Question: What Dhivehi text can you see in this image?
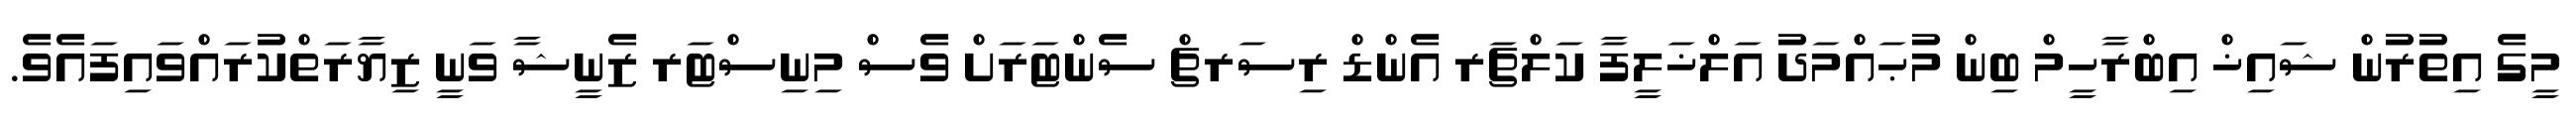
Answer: މީގެ އިތުރުން ޝައިޚް އިބްރާހީމް ބިން މުޙައްމަދު އަލްޚަލީފާ ކަލްޗަރ އެންޑް ރިސަރޗް ސެންޓަރަށް ވެސް މިނިސްޓަރ ޒެނީޝާ ވަނީ ޒިޔާރަތްކުރައްވައިފައެވެ.